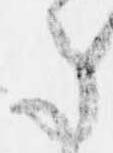
ま